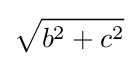
{\sqrt {b^{2}+c^{2}}}